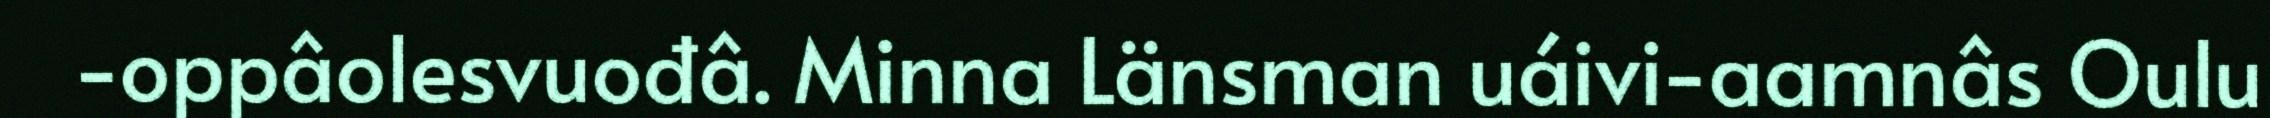
-oppâolesvuođâ. Minna Länsman uáivi-aamnâs Oulu